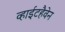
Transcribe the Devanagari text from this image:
व्हाईटहैवेन